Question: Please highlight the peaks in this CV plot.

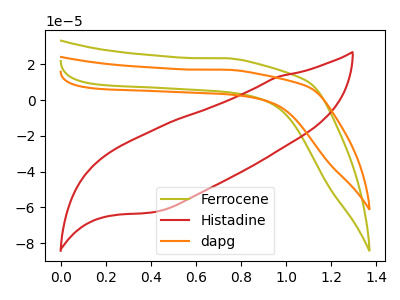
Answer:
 <answer>The olive curve "Ferrocene" has no peaks. The red curve "Histadine" has no peaks. The orange curve "dapg" has no peaks.</answer>
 <eval></eval>